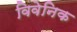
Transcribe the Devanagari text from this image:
विवेनिक